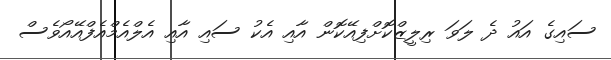
ސައިގެ އައު ދެ ލަވަ ރިލީޒްކޮށްފިއޭކޮން އާއި އެކު ސައި އާއި އެލްއެމްއެފްއޭއޯވެސް